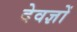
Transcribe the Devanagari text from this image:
देवज्ञों